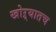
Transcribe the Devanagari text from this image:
खोऱ्यातच